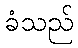
ခံသည်